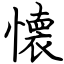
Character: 懐